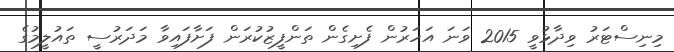
މިނިސްޓަރު ވިދާޅުވީ 2015 ވަނަ އަހަރުން ފެށިގެން ތަންފީޒުކުރަން ފަށާފައިވާ މަދަރުސީ ތައުލީމުގެ